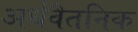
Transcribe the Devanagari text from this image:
अर्धवैतनिक